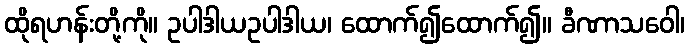
ထိုရဟန်းတို့ကို။ ဥပါဒါယဥပါဒါယ၊ ထောက်၍ထောက်၍။ ခီဏာသဝေါ၊